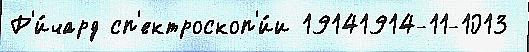
Р'и́чард сп'ектроскоп'и́и 19141914-11-1013